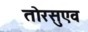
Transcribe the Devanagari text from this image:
तोरसुएव